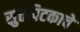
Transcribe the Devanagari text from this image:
सुत्तपिटकाचे